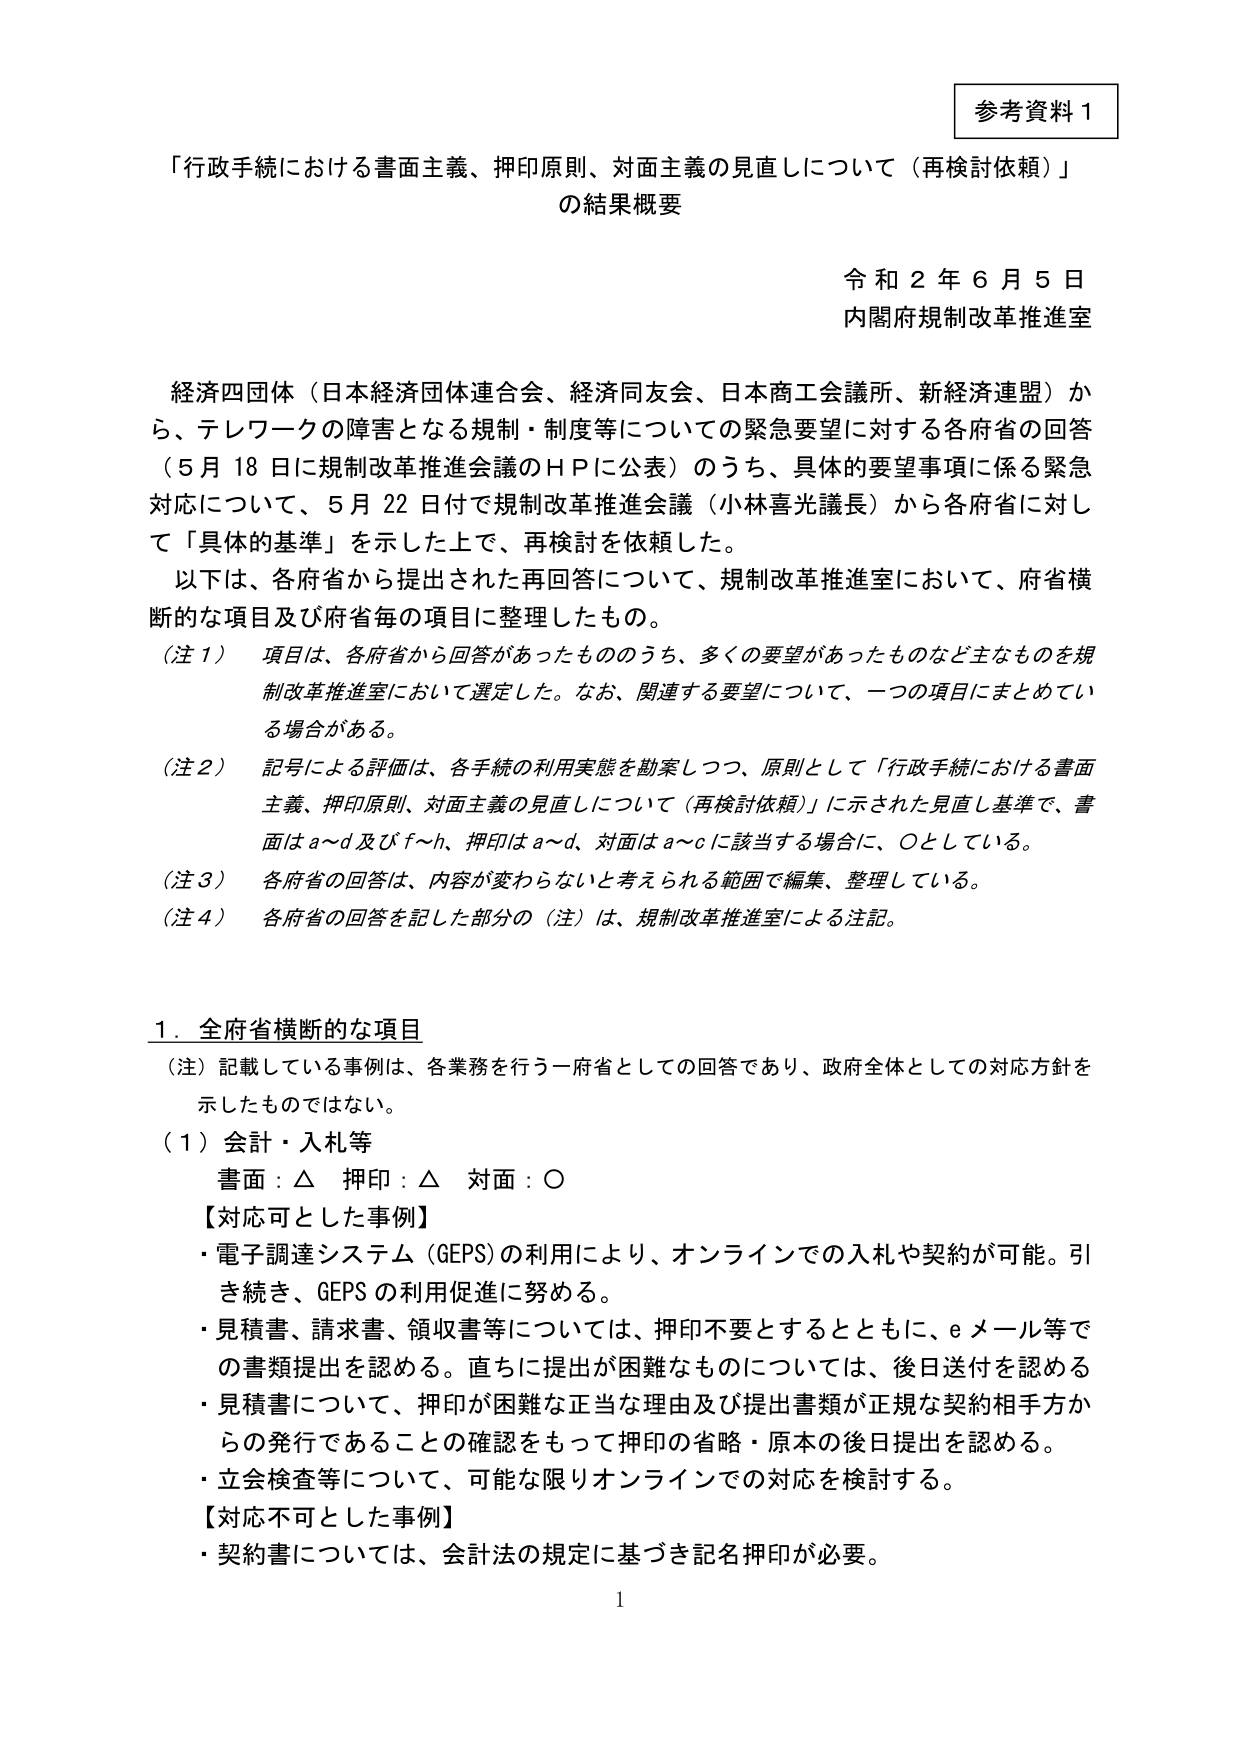
参考資料１

「行政手続における書面主義、押印原則、対面主義の見直しについて（再検討依頼）」
の結果概要

令和２年６月５日
内閣府規制改革推進室

経済四団体（日本経済団体連合会、経済同友会、日本商工会議所、新経済連盟）から、テレワークの障害となる規制・制度等についての緊急要望に対する各府省の回答（５月18日に規制改革推進会議のＨＰに公表）のうち、具体的要望事項に係る緊急対応について、５月22日付で規制改革推進会議（小林喜光議長）から各府省に対して「具体的基準」を示した上で、再検討を依頼した。

以下は、各府省から提出された再回答について、規制改革推進室において、府省横断的な項目及び府省毎の項目に整理したもの。

（注１）　項目は、各府省から回答があったもののうち、多くの要望があったものなど主なものを規制改革推進室において選定した。なお、関連する要望について、一つの項目にまとめている場合がある。

（注２）　記号による評価は、各手続の利用実態を勘案しつつ、原則として「行政手続における書面主義、押印原則、対面主義の見直しについて（再検討依頼）」に示された見直し基準で、書面はａ～ｄ及びｆ～ｈ、押印はａ～ｄ、対面はａ～ｃに該当する場合に、○としている。

（注３）　各府省の回答は、内容が変わらないと考えられる範囲で編集、整理している。

（注４）　各府省の回答を記した部分の（注）は、規制改革推進室による注記。

１．全府省横断的な項目

（注）記載している事例は、各業務を行う一府省としての回答であり、政府全体としての対応方針を示したものではない。

（１）会計・入札等

書面：△　押印：△　対面：○

【対応可とした事例】
・電子調達システム（GEPS）の利用により、オンラインでの入札や契約が可能。引き続き、GEPSの利用促進に努める。
・見積書、請求書、領収書等については、押印不要とするとともに、ｅメール等での書類提出を認める。直ちに提出が困難なものについては、後日送付を認める。
・見積書について、押印が困難な正当な理由及び提出書類が正規な契約相手方からの発行であることの確認をもって押印の省略・原本の後日提出を認める。
・立会検査等について、可能な限りオンラインでの対応を検討する。

【対応不可とした事例】
・契約書については、会計法の規定に基づき記名押印が必要。

1